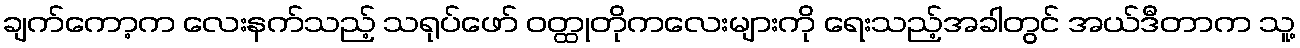
ချက်ကော့က လေးနက်သည့် သရုပ်ဖော် ဝတ္ထုတိုကလေးများကို ရေးသည့်အခါတွင် အယ်ဒီတာက သူ့